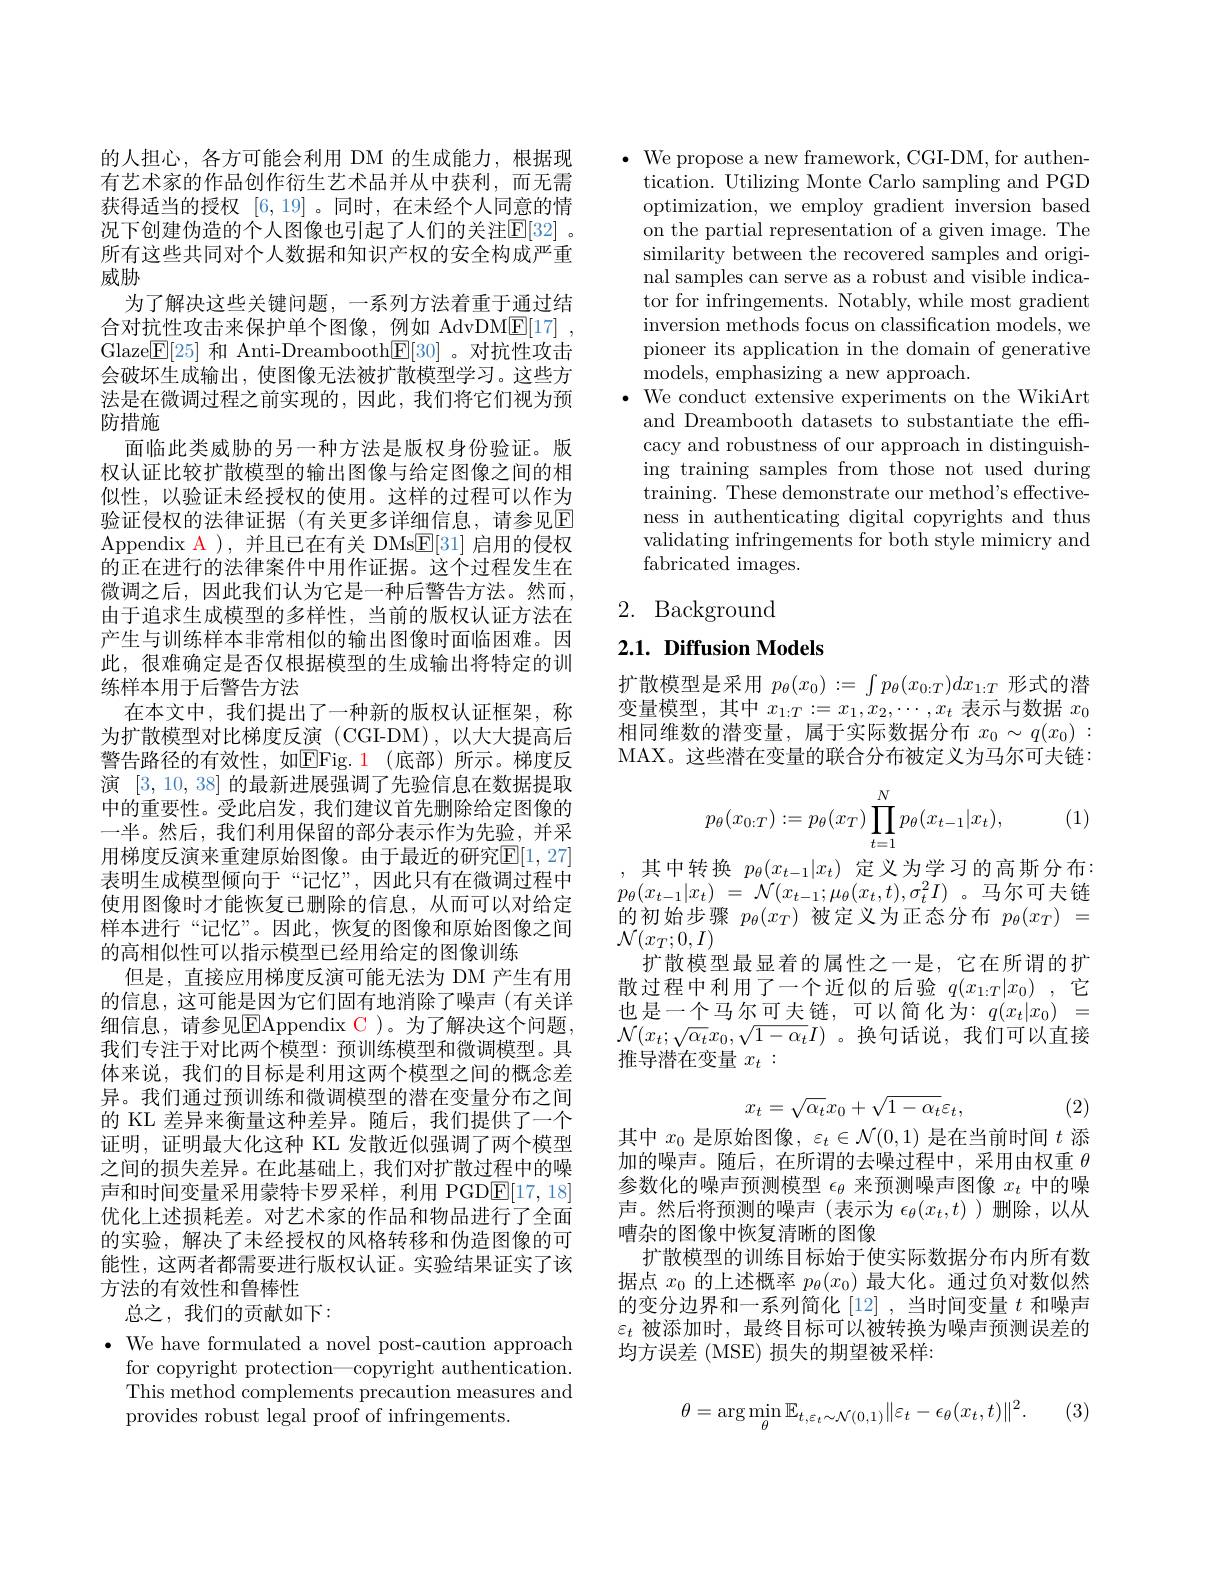
的人担心，各方可能会利用 DM 的生成能力，根据现有艺术家的作品创作衍生艺术品并从中获利，而无需获得适当的授权[6,19] 。同时，在未经个人同意的情况下创建伪造的个人图像也引起了人们的关注$\mathbb{E}[32]$ 。所有这些共同对个人数据和知识产权的安全构成严重威胁
为了解决这些关键问题，一系列方法着重于通过结合对抗性攻击来保护单个图像，例如 AdvDM$\underline {\mathrm{F} }[ 17]$ , Glaze$\boxed{\mathrm{F}[25]}$和 Anti-Dreambooth$\boxed{\mathrm{F}[30]}$。对抗性攻击会破坏生成输出，使图像无法被扩散模型学习。这些方法是在微调过程之前实现的，因此，我们将它们视为预防措施
面临此类威胁的另一种方法是版权身份验证。版权认证比较扩散模型的输出图像与给定图像之间的相似性，以验证未经授权的使用。这样的过程可以作为验证侵权的法律证据(有关更多详细信息，请参见$\mathbb{E}$ Appendix A ),并且已在有关 DMs$\underline{E}[31]$启用的侵权的正在进行的法律案件中用作证据。这个过程发生在微调之后，因此我们认为它是一种后警告方法。然而， 由于追求生成模型的多样性，当前的版权认证方法在产生与训练样本非常相似的输出图像时面临困难。因此，很难确定是否仅根据模型的生成输出将特定的训练样本用于后警告方法
在本文中，我们提出了一种新的版权认证框架，称为扩散模型对比梯度反演 (CGI-DM),以大大提高后警告路径的有效性，如E$Fig. 1$ (底部)所示。梯度反演[3,10,38]的最新进展强调了先验信息在数据提取中的重要性。受此启发，我们建议首先删除给定图像的一半。然后，我们利用保留的部分表示作为先验，并采用梯度反演来重建原始图像。由于最近的研究$\mathbb{E}[1,27]$ 表明生成模型倾向于“记忆”,因此只有在微调过程中使用图像时才能恢复已删除的信息，从而可以对给定样本进行“记忆”。因此，恢复的图像和原始图像之间的高相似性可以指示模型已经用给定的图像训练
但是，直接应用梯度反演可能无法为 DM 产生有用的信息，这可能是因为它们固有地消除了噪声(有关详细信息，请参见$\overline{\mathrm{E}}$Appendix C )。为了解决这个问题我们专注于对比两个模型：预训练模型和微调模型。具体来说，我们的目标是利用这两个模型之间的概念差异。我们通过预训练和微调模型的潜在变量分布之间的 KL 差异来衡量这种差异。随后，我们提供了一个证明，证明最大化这种 KL 发散近似强调了两个模型之间的损失差异。在此基础上，我们对扩散过程中的噪声和时间变量采用蒙特卡罗采样，利用 PGD$\underline{\mathrm{E}}[17,18]$ 优化上述损耗差。对艺术家的作品和物品进行了全面的实验，解决了未经授权的风格转移和伪造图像的可能性，这两者都需要进行版权认证。实验结果证实了该方法的有效性和鲁棒性
总之，我们的贡献如下：
$\bullet$ We have formulated a novel post-caution approach
for copyright protection—copyright authentication. This method complements precaution measures and provides robust legal proof of infringements.

$\bullet$ We propose a new framework, CGI-DM, for authen-
tication. Utilizing Monte Carlo sampling and PGD optimization, we employ gradient inversion based on the partial representation of a given image. The similarity between the recovered samples and original samples can serve as a robust and visible indicator for infringements. Notably, while most gradient inversion methods focus on classification models, we pioneer its application in the domain of generative models, emphasizing a new approach.
$\bullet$ We conduct extensive experiments on the WikiArt
and Dreambooth datasets to substantiate the effcacy and robustness of our approach in distinguishing training samples from those not used during training. These demonstrate our method's effectiveness in authenticating digital copyrights and thus validating infringements for both style mimicry and fabricated images.

# 2. Background

## 2.1. Diffusion Models

扩散模型是采用$p_\theta(x_0):=\int p_\theta(x_{0:T})dx_{1:T}$形式的潜变量模型，其中$x_1:T:=x_1,x_2,\cdots,x_t$表示与数据$x_0$ 相同维数的潜变量，属于实际数据分布$x_0\sim q(x_0):$ MAX。这些潜在变量的联合分布被定义为马尔可夫链：
$$p_\theta(x_{0:T}):=p_\theta(x_T)\prod_{t=1}^Np_\theta(x_{t-1}|x_t),$$
(1)

,其中转换$p_\theta(x_{t-1}|x_t)$定义为学习的高斯分布$p_{\theta }( x_{t- 1}| x_{t})$ = $\mathcal{N} ( x_{t- 1}; \mu _{\theta }( x_{t}, t) , \sigma _{t}^{2}I)$ 。马尔可夫链的初始步骤$p_\theta(x_T)$被定义为正态分布$p_\theta(x_T)=$ $\mathcal{N}(x_{T};0,I)$
扩散模型最显着的属性之一是，它在所谓的扩散过程中利用了一个近似的后验$q(x_1:T|x_0)$ ,它也是一个马尔可夫链，可以简化为：$q(x_t|x_0)=$ $\mathcal{N}(x_t;\sqrt{\alpha_t}x_0,\sqrt{1-\alpha_t}I)$。换句话说，我们可以直接推导潜在变量$x_t:$
$$x_t=\sqrt{\alpha_t}x_0+\sqrt{1-\alpha_t}\varepsilon_t,$$
(2)

其中$x_0$是原始图像，$\varepsilon_t\in\mathcal{N}(0,1)$是在当前时间$t$添加的噪声。随后，在所谓的去噪过程中，采用由权重$\theta$ 参数化的噪声预测模型$\epsilon_\theta$来预测噪声图像$x_t$中的噪声。然后将预测的噪声(表示为$\epsilon_\theta(x_t,t)$ )删除，以从嘈杂的图像中恢复清晰的图像
扩散模型的训练目标始于使实际数据分布内所有数据点$x_0$的上述概率$p_\theta(x_0)$最大化。通过负对数似然的变分边界和一系列简化[12] ,当时间变量$t$和噪声$\varepsilon_t$被添加时，最终目标可以被转换为噪声预测误差的均方误差 (MSE) 损失的期望被采样：

(3)
$$\theta=\arg\min_{\theta}\mathbb{E}_{t,\varepsilon_{t}\sim\mathcal{N}(0,1)}\|\varepsilon_{t}-\epsilon_{\theta}(x_{t},t)\|^{2}.$$